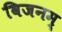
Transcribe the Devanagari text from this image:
विजनम्